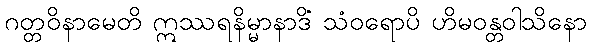
ဂတ္တဝိနာမေတိ ဣဿရနိမ္မာနာဒိံ သံဝရောပိ ဟိမဝန္တဝါသိနော